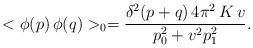
LaTeX: \begin{align*}<\phi(p)\,\phi(q)>_{0} = \frac{\delta^{2}( p + q)\,4 \pi^{2}\,K\, v }{p_{0}^{2} + v^{2}p_{1}^{2}}.\end{align*}